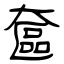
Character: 奩